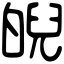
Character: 𤾆